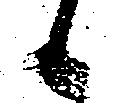
候